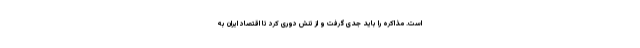
است. مذاکره را باید جدی گرفت و از تنش دوری کرد تا اقتصاد ایران به